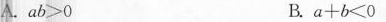
A.$$a b > 0$$ B.$$a + b < 0$$